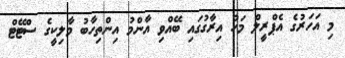
މި އަހަރުގެ އެޕްރީލް މަހު އިރާގުގައި ބޭއްވި އާންމު އިންތިހާބު މާލިކީގެ ސްޓޭޓް